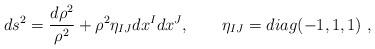
LaTeX: \begin{align*}ds^2= \frac{d\rho^2}{\rho^2}+\rho^2\eta_{IJ}dx^Idx^J, \qquad\eta_{IJ} = diag(-1,1,1)\ ,\end{align*}